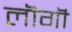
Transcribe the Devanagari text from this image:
लॊगॊं